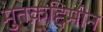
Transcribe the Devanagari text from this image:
मुतक़द्दिमीन